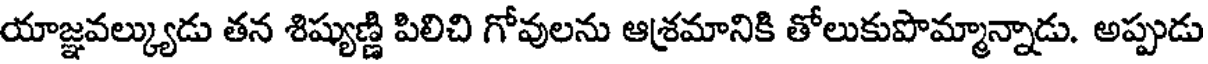
యాజ్ఞవల్క్యుడు తన శిష్యుణ్ణి పిలిచి గోవులను ఆశ్రమానికి తోలుకుపొమ్మాన్నాడు. అప్పుడు